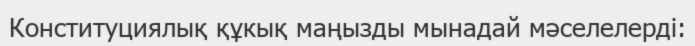
Конституциялық құкық маңызды мынадай мәселелерді: